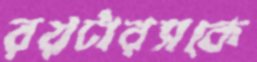
রয়টারসকে